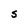
Character: S